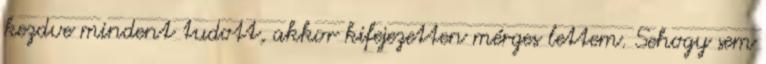
kezdve mindent tudott, akkor kifejezetten mérges lettem. Sehogy sem